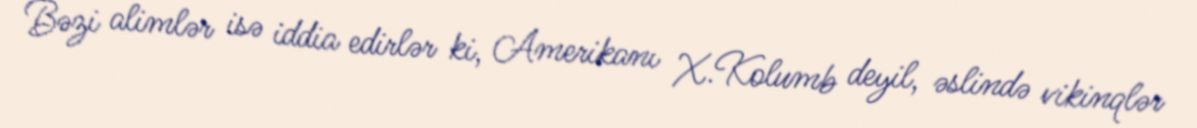
Bəzi alimlər isə iddia edirlər ki, Amerikanı X.Kolumb deyil, əslində vikinqlər